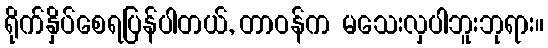
ရိုက်နှိပ်စေရပြန်ပါတယ်, တာဝန်က မသေးလှပါဘူးဘုရား။